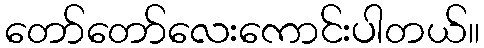
တော်တော်လေးကောင်းပါတယ်။